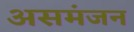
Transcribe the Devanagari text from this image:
असमंजन